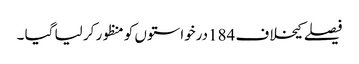
فیصلے کیخلاف 184درخواستوں کو منظور کر لیا گیا ۔